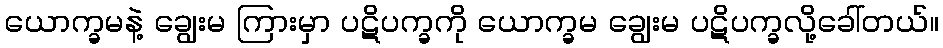
ယောက္ခမနဲ့ ချွေးမ ကြားမှာ ပဋိပက္ခကို ယောက္ခမ ချွေးမ ပဋိပက္ခလို့ခေါ်တယ်။